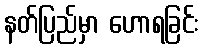
နတ်ပြည်မှာ ဟောရခြင်း